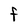
Character: F